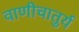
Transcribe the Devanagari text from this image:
वाणीचातुर्य